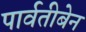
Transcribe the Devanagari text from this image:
पार्वतीबेन